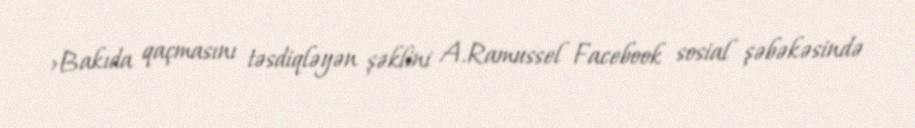
>Bakıda qaçmasını təsdiqləyən şəklini A.Ramussel Facebook sosial şəbəkəsində